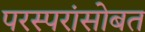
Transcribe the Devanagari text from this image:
परस्परांसोबत